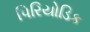
પિરિયોડિક